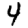
Digit: 4